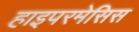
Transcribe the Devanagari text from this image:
हाइपरमेसिस